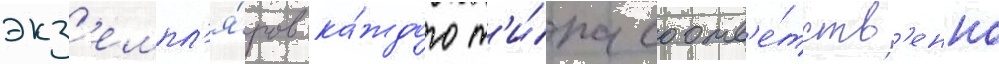
экз'емпл'я́ров ка́ждого т'и́па соотв'е́тств'енно